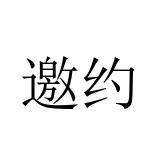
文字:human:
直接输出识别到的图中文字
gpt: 邀约